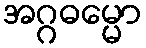
အဂ္ဂဓမ္မော